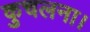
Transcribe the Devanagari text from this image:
कुचलना।